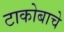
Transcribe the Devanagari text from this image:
टाकोबाचे